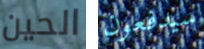
الحين سيدفعون